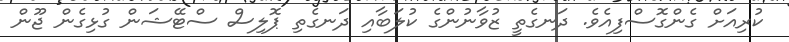
ކުރިއަށް ގެންގޮސްފިއެވެ. ދަނގެތީ ޒުވާނުންގެ ކުލަބާއި ދަނގެތި ޕޮލިސް ސްޓޭޝަން ގުޅިގެން ޖޫން